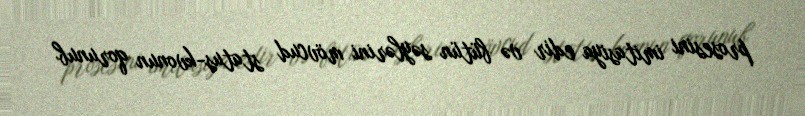
prosesini imitasiya edir və bütün səylərini mövcud status-kvonun qorunub